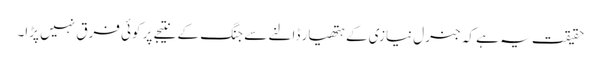
حقیقت یہ ہے کہ جنرل نیازی کے ہتھیار ڈالنے سے جنگ کے نتیجے پر کوئی فرق نہیں پڑا۔